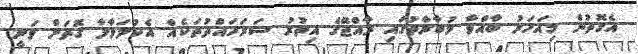
އެގޮތުން މިއަހަރު ބާއްވާ މުބާރާތުގައި ރާއްޖޭގެ އިތުރު ސަރަހައްދުތަކެއް އެކުލަވާލާ ގޮތަށް ވަނީ